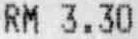
RM 3.30